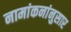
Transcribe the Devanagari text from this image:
नामांकनांनुसार